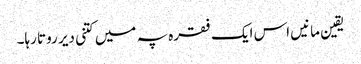
یقین مانیں اس ایک فقرہ پہ میں کتنی دیر روتا رہا۔